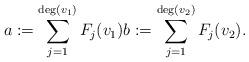
LaTeX: \begin{align*} a:=\sum_{j = 1}^{\deg (v_1)} F_j (v_1) b:=\sum_{j = 1}^{\deg (v_2)} F_j (v_2).\end{align*}